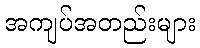
အကျပ်အတည်းများ